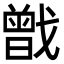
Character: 𢨉